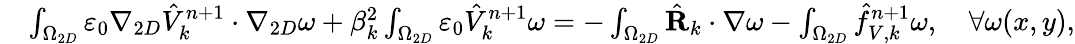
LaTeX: \begin{array}{rl}{\small}&{\int_{\Omega_{2D}}\varepsilon_{0}\nabla_{2D}\hat{V}_{k}^{n+1}\cdot\nabla_{2D}\omega+\beta_{k}^{2}\int_{\Omega_{2D}}\varepsilon_{0}\hat{V}_{k}^{n+1}\omega=-\int_{\Omega_{2D}}\hat{\textbf{R}}_{k}\cdot\nabla\omega-\int_{\Omega_{2D}}\hat{f}_{V,k}^{n+1}\omega,\quad\forall\omega(x,y),}\end{array}